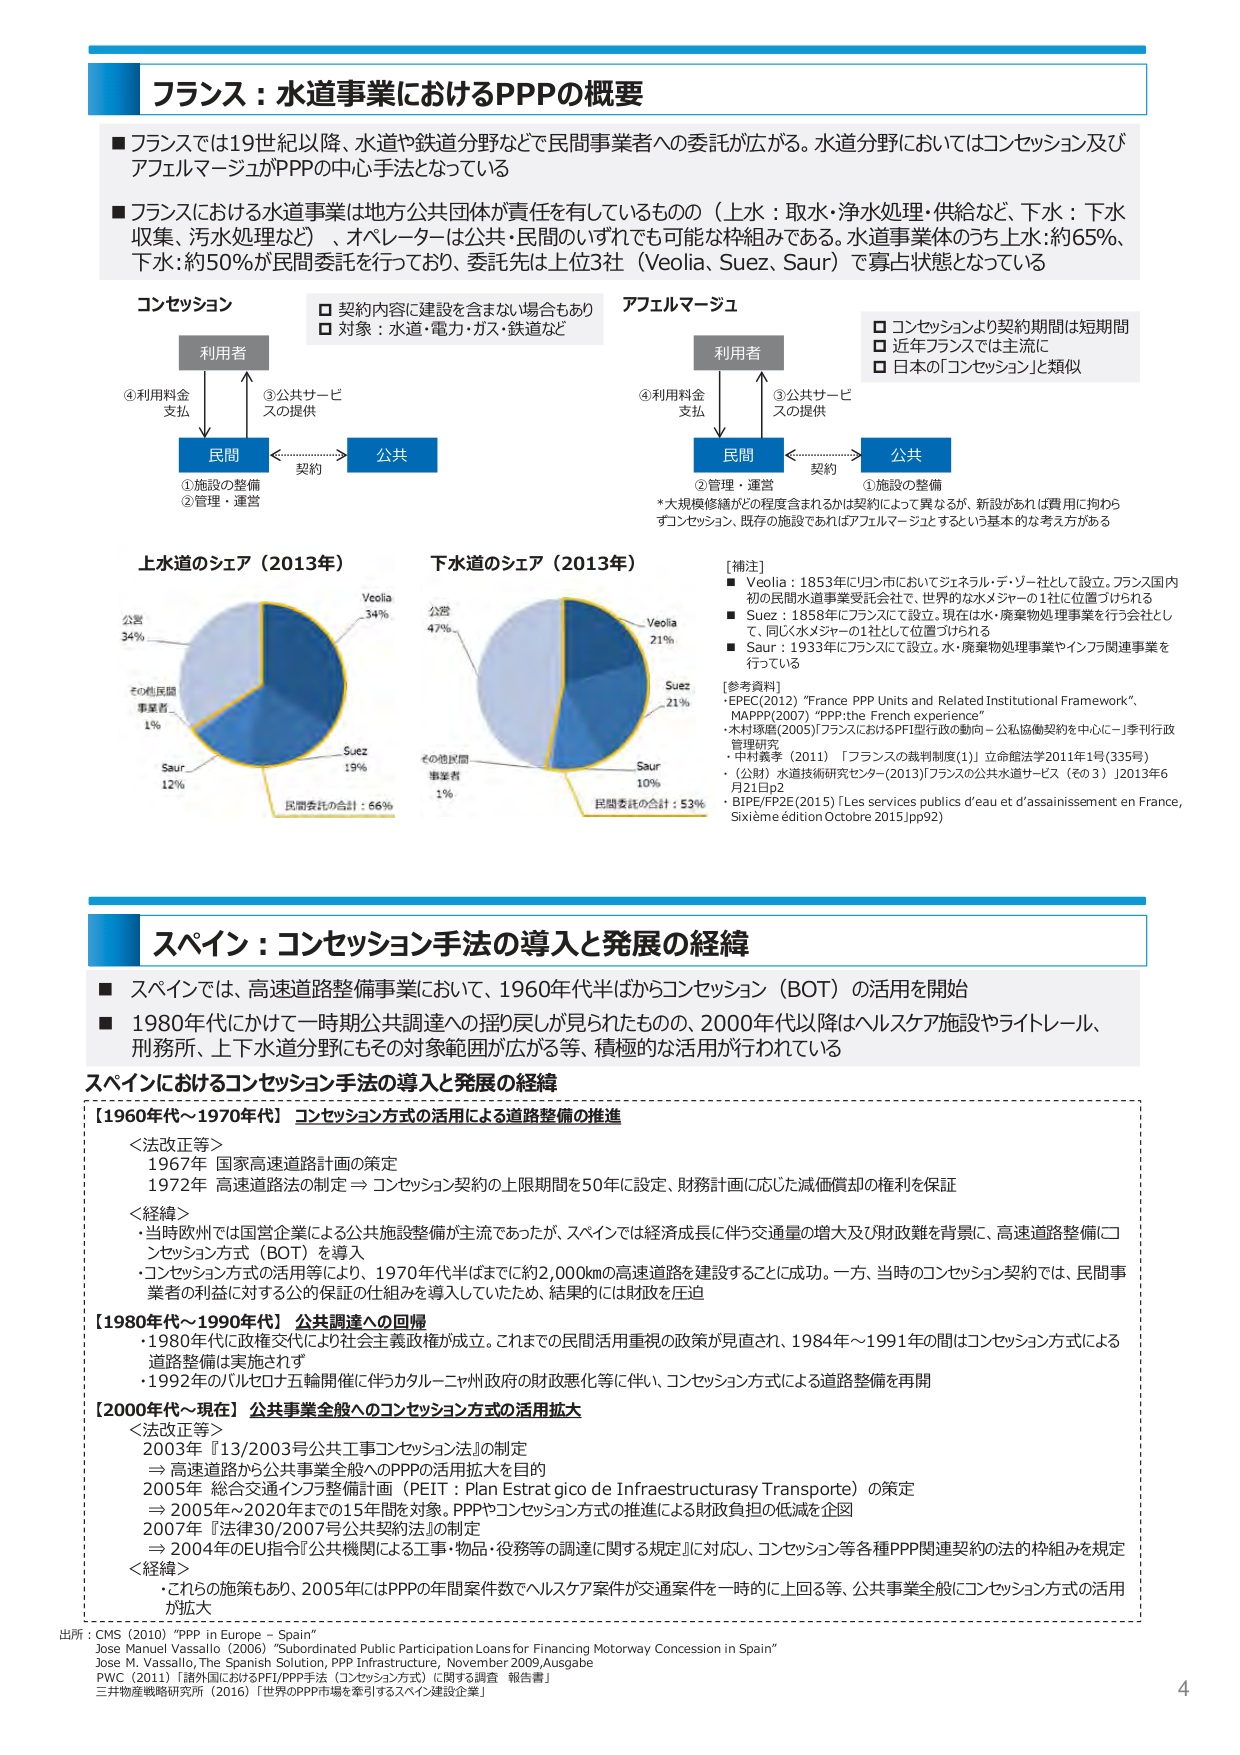
フランス：水道事業におけるPPPの概要

■ フランスでは19世紀以降、水道や鉄道分野などで民間事業者への委託が広がる。水道分野においてはコンセッション及びアフェルマージュがPPPの中心手法となっている

■ フランスにおける水道事業は地方公共団体が責任を有しているもの（上水：取水・浄水処理・供給など、下水：下水収集、汚水処理など）、オペレーターは公共・民間のいずれでも可能な枠組みである。水道事業体のうち上水：約65％、下水：約50％が民間委託を行っており、委託先は上位3社（Veolia、Suez、Saur）で寡占状態となっている

コンセッション
□ 契約内容に建設を含まない場合もあり
□ 対象：水道・電力・ガス・鉄道など

アフェルマージュ
□ コンセッションより契約期間は短期間
□ 近年フランスでは主流に
□ 日本の「コンセッション」と類似

利用者
④利用料金支払
③公共サービスの提供

民問
①施設の整備
②管理・運営

公共
契約

利用者
④利用料金支払
③公共サービスの提供

民問
②管理・運営

公共
①施設の整備
契約

*大規模修繕がどの程度含まれるかは契約によって異なるが、新設があれば費用に拘らずコンセッション、既存の施設であればアフェルマージュとするという基本的な考え方がある

上水道のシェア（2013年）
公営 34%
その他民間事業者 1%
Saur 12%
Veolia 34%
Suez 19%
民間委託の合計：66%

下水道のシェア（2013年）
公営 47%
その他民間事業者 1%
Saur 10%
Veolia 21%
Suez 21%
民間委託の合計：53%

[補注]
■ Veolia：1853年にリヨン市においてジェネラル・デ・ゾー社として設立。フランス国内初の民間水道事業受託会社で、世界的な水メジャーの1社に位置づけられる
■ Suez：1858年にフランスにて設立。現在は水・廃棄物処理事業を行う会社として、同じ水メジャーの1社として位置づけられる
■ Saur：1933年にフランスにて設立。水・廃棄物処理事業やインフラ関連事業を行っている

[参考資料]
・EPEC(2012) “France PPP Units and Related Institutional Framework”
・MAPPP(2007) “PPP: the French experience”
・木村琢磨(2005)「フランスにおけるPFI型行政の動向－公私協働契約を中心に－」季刊行政管理研究
・中村義孝（2011）「フランスの裁判制度（1）」立命館法学2011年1号(335号)
・（公財）水道技術研究センター(2013)「フランスの公共水道サービス（その3）」2013年6月21日p2
・BIPE/FP2E(2015)「Les services publics d’eau et d’assainissement en France, Sixième édition Octobre 2015,pp92」

スペイン：コンセッション手法の導入と発展の経緯

■ スペインでは、高速道路整備事業において、1960年代半ばからコンセッション（BOT）の活用を開始
■ 1980年代にかけて一時期公共調達への揺り戻しが見られたものの、2000年代以降はヘルスケア施設やライトレール、刑務所、上下水道分野にもその対象範囲が広がる等、積極的な活用が行われている

スペインにおけるコンセッション手法の導入と発展の経緯

【1960年代～1970年代】 コンセッション方式の活用による道路整備の推進
＜法改正等＞
1967年 国家高速道路計画の策定
1972年 高速道路法の制定 ⇒ コンセッション契約の上限期間を50年に設定、財務計画に応じた減価償却の権利を保証
＜経緯＞
・当時欧州では国営企業による公共施設整備が主流であったが、スペインでは経済成長に伴う交通量の増大及び財政難を背景に、高速道路整備（コンセッション方式（BOT））を導入
・コンセッション方式の活用等により、1970年代半ばまでに約2,000kmの高速道路を建設することに成功。一方、当時のコンセッション契約では、民間事業者の利益に対する公的保証の仕組みを導入していたため、結果的には財政を圧迫

【1980年代～1990年代】 公共調達への回帰
・1980年代に政権交代により社会主義政権が成立。これまでの民間活用重視の政策が見直され、1984年～1991年の間はコンセッション方式による道路整備は実施されず
・1992年のバルセロナ五輪開催に伴うカタルーニャ政府の財政悪化等に伴い、コンセッション方式による道路整備を再開

【2000年代～現在】 公共事業全般へのコンセッション方式の活用拡大
＜法改正等＞
2003年 『13/2003号公共工事コンセッション法』の制定
⇒ 高速道路から公共事業全般へのPPPの活用拡大を目的
2005年 総合交通インフラ整備計画（PEIT：Plan Estratégico de Infraestructuras y Transporte）の策定
⇒ 2005年～2020年までの15年間を対象、PPPやコンセッション方式の推進による財政負担の低減を企図
2007年 『法律30/2007号公共契約法』の制定
⇒ 2004年のEU指令『公共機関による工事・物品・役務等の調達に関する規定』に対応し、コンセッション等各種PPP関連契約の法的枠組みを規定
＜経緯＞
・これらの施策もあり、2005年にはPPPの年間案件数でヘルスケア案件が交通案件を一時的に上回る等、公共事業全般にコンセッション方式の活用が拡大

出所：CMS（2010）“PPP in Europe – Spain”
Jose Manuel Vassallo（2006）“Subordinated Public Participation Loans for Financing Motorway Concession in Spain”
Jose M. Vassallo, The Spanish Solution, PPP Infrastructure, November 2009, Ausgabe
PWC（2011）「諸外国におけるPFI/PPP手法（コンセッション方式）に関する調査 報告書」
三井物産戦略研究所（2016）「世界のPPP市場を牽引するスペイン建設企業」

4